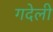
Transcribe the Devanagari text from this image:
गदेली